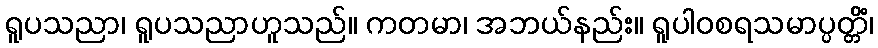
ရူပသညာ၊ ရူပသညာဟူသည်။ ကတမာ၊ အဘယ်နည်း။ ရူပါဝစရသမာပ္ပတ္တိံ၊